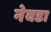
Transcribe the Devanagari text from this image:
नेवडा